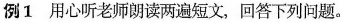
例1用心听老师朗读两遍短文，回答下列问题。